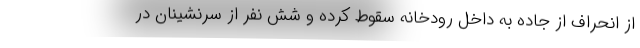
از انحراف از جاده به داخل رودخانه سقوط کرده و شش نفر از سرنشینان در